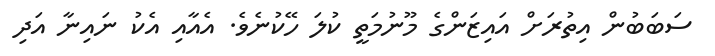
ސަބަބުން އިތުރަށް އައިޒަންގެ މޫނުމަތީ ކުލަ ހޭކުނެވެ. އެއާއި އެކު ނައިނާ އަދި